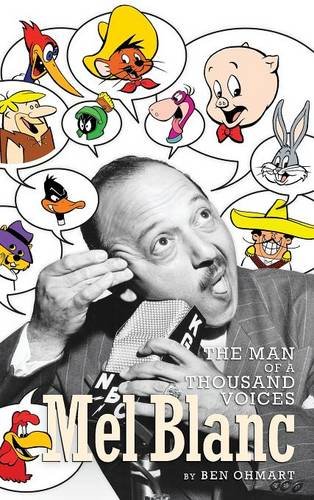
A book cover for Mel Blanc: The Man of a Thousand Voices (hardback); Ben Ohmart; Humor & Entertainment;